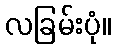
လခြမ်းပုံ။